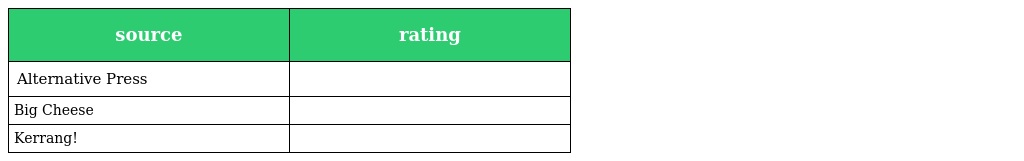
| source | rating |
 | --- | --- |
 | Alternative Press |  |
 | Big Cheese |  |
 | Kerrang! |  |